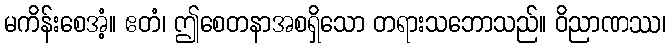
မကိန်းစေအံ့။ ဧတံ၊ ဤစေတနာအစရှိသော တရားသဘောသည်။ ဝိညာဏဿ၊